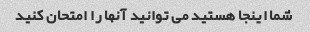
شما اینجا هستید می توانید آنها را امتحان کنید